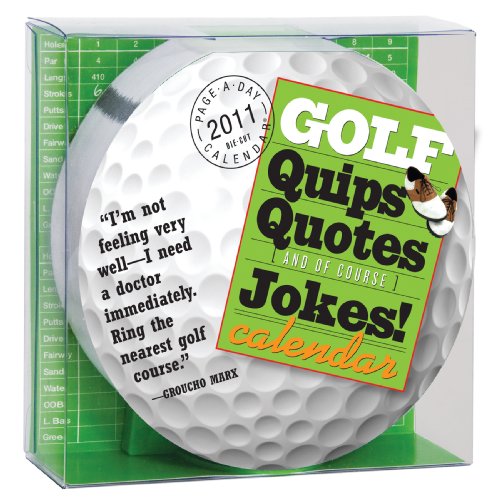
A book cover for Golf Quips, Quotes, and Jokes Diecut Calendar 2011; Brett Avery; Calendars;